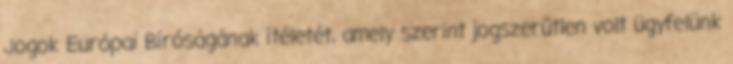
Jogok Európai Bíróságának ítéletét, amely szerint jogszerűtlen volt ügyfelünk